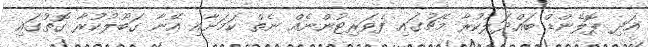
އަދި ޕޮލެންޑް ބައްދަލުކުރާ މެޗުގައި ފެވަރިޓުންނެއް ނެތް ކަމަށާއި އޭނާ ގަބޫލުކުރާ ގޮތުގައި